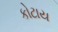
કોટાય